Lunatic asylums Madras 1877-1891 - 1877-1891
Year: 1877
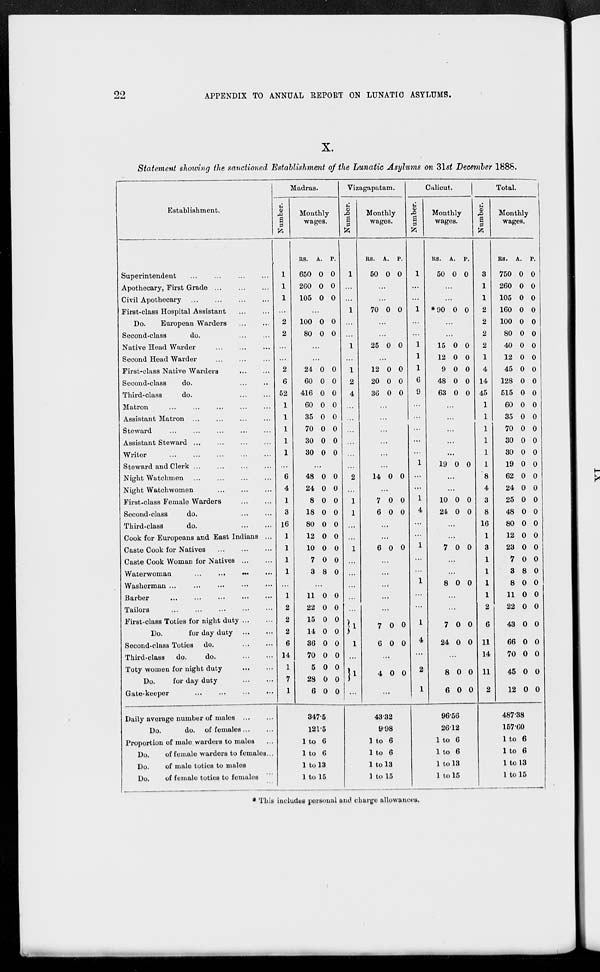
22
APPENDIX TO ANNUAL REPORT ON LUNATIC ASYLUMS.
X.
Statement showing the sanctioned Establishment of the Lunatic Asylums on 31st December 1888.
Establishment.
Superintendent
...
...
...
...
Apothecary, First Grade ... ... ...
Civil Apothecary
...
...
...
...
First-class Hospital Assistant
...
...
Do.
European Warders
...
...
Second-class
do.
...
...
Native Head Warder
...
...
...
Second Head Warder
...
...
...
First-class Native Warders ... ...
Second-class
do. ... ...
Third-class
do. ... ...
Matron ... ... ... ...
Assistant Matron ... ... ... ...
Steward ... ... ... ... ...
Assistant Steward ... ... ... ...
Writer ... ... ... ... ...
Steward and Clerk ... ... ... ...
Night Watchmen ... ... ... ...
Night Watchwomen ... ... ...
First-class Female Warders ... ...
Second-class
do. ... ...
Third-class do. ... ...
Cook for Europeans and East Indians ...
Caste Cook for Natives
...
...
...
Caste Cook Woman for Natives ... ...
Waterwoman
...
...
...
Washerman ... ... ... ... ...
Barber ... ... ... ... ...
Tailors ... ... ... ... ...
First-class Toties for night duty ... ...
Do.
for day duty ... ...
Second-class Toties do. ... ...
Third-class
do. do. ... ...
Toty women for night duty ... ...
Do.
for day duty ... ...
Gate-keeper ... ... ... ...
Daily average number of males ... ...
Do.
do. of females ... ...
Proportion of male warders to males ...
Do.
of female warders to females ...
Do.
of male toties to males ...
Do.
of female toties to females ...
Madras.
Number.
1
1
1
...
2
2
...
...
2
6
52
1
1
1
1
1
...
6
4
1
3
16
1
1
1
1
...
1
2
2
2
6
14
1
7
1
Monthly
wages.
RS.
650
260
105
A.
0
0
0
P.
0
0
0
...
100
80
0
0
0
0
...
...
24
60
416
60
85
70
80
30
0
0
0
0
0
0
0
0
0
0
0
0
0
0
0
0
...
48
24
8
18
80
12
10
7
8
0
0
0
0
0
0
0
0
8
0
0
0
0
0
0
0
0
0
...
11
22
15
14
36
70
5
28
6
0
0
0
0
0
0
0
0
0
0
0
0
0
0
0
0
0
0
347.5
121.5
1 to 6
1 to 6
1 to 13
1 to 15
Vizagapatam.
Number.
1
...
...
1
...
...
1
...
1
2
4
...
...
...
...
...
...
2
...
1
1
...
...
1
...
...
...
...
...
1
1
...
1
...
Monthly
wages.
RS.
50
A.
0
P.
0
...
...
70 0 0
...
...
25 0 0
...
12
20
36
0
0
0
0
0
0
...
...
...
...
...
...
14 0 0
...
7
6
0
0
0
0
...
...
6 0 0
...
...
...
...
...
7
6
0
0
0
0
...
4 0 0
...
43.32
9.98
1 to 6
1 to 6
1 to 13
1 to 15
Calicut.
Number.
1
...
...
1
...
...
1
1
1
6
9
...
...
...
...
...
1
...
...
1
4
...
...
1
...
...
1
...
...
1
4
...
2
1
Monthly
wages.
RS.
50
A.
0
P.
0
...
...
*90 0 0
...
...
15
12
9
48
63
0
0
0
0
0
0
0
0
0
0
...
...
...
...
...
19 0 0
...
...
10
24
0
0
0
0
...
...
7 0 0
...
...
8 0 0
...
...
7
24
0
0
0
0
...
8
6
0
0
0
0
96.56
26.12
1 to 6
1 to 6
1 to 13
1 to 15
Total.
Number.
3
1
1
2
2
2
2
1
4
14
45
1
1
1
1
1
1
8
4
3
8
16
1
8
1
1
1
1
2
6
11
14
11
2
Monthly
wages.
RS.
750
260
105
160
100
80
40
12
45
128
515
60
35
70
30
30
19
62
24
25
48
80
12
23
7
8
8
11
22
43
66
70
45
12
A.
0
0
0
0
0
0
0
0
0
0
0
0
0
0
0
0
0
0
0
0
0
0
0
0
0
8
0
0
0
0
0
0
0
0
P.
0
0
0
0
0
0
0
0
0
0
0
0
0
0
0
0
0
0
0
0
0
0
0
0
0
0
0
0
0
0
0
0
0
0
487.38
157.60
1 to 6
1 to 6
1 to 13
1 to 15
* This includes personal and charge allowances.